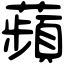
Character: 蘋